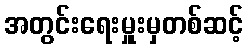
အတွင်းရေးမှူးမှတစ်ဆင့်